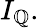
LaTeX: I_{\mathbb{Q}}.